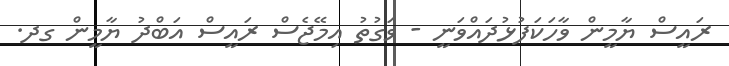
ރައީސް ޔާމީން ވާހަކަފުޅުދައްވަނީ - ވަގުތު އިމޭޖެސް ރައީސް އަބްދު ޔާމީން ގދ.